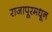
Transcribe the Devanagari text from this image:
राजापूरमधून